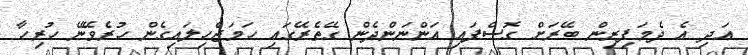
އަދި އެ ދެމަފިރިން ބޭރަށް ގޮސްފައި އަންނަންދެން ގޭތެރޭގައި ހަމަޖެހިލައިގެން ހުރެވޭނޭ ހުރިހާ